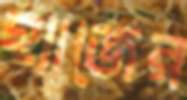
হ্যাজের